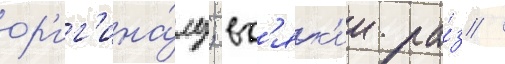
ор'иг'ина́лу; вс'як'ии ра́з /